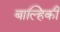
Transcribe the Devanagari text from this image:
बाल्हिकी